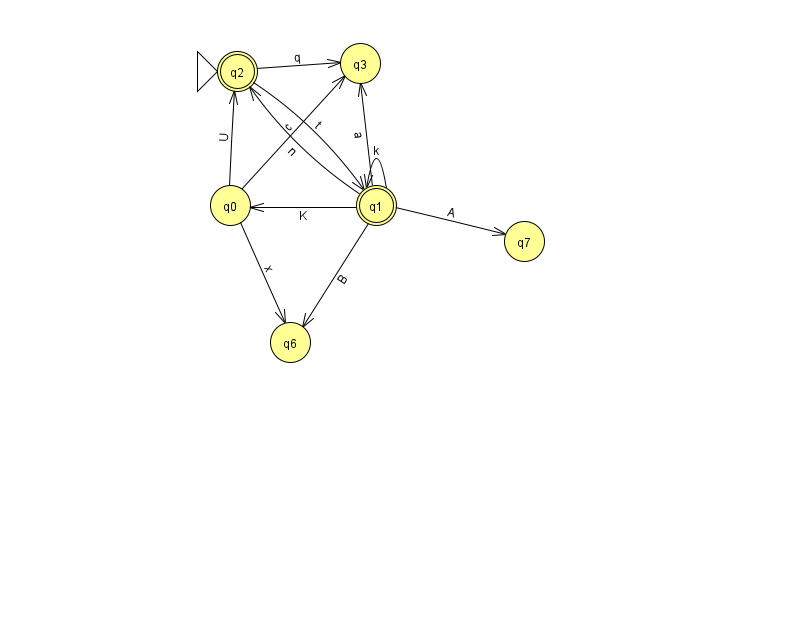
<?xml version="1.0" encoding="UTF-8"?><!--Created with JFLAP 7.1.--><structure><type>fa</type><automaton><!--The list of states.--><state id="0" name="q0"><x>230.0</x><y>192.0</y></state><state id="1" name="q1"><x>376.0</x><y>192.0</y><final/></state><state id="2" name="q2"><x>237.0</x><y>58.0</y><initial/><final/></state><state id="3" name="q3"><x>360.0</x><y>50.0</y></state><state id="6" name="q6"><x>290.0</x><y>329.0</y></state><state id="7" name="q7"><x>524.0</x><y>228.0</y></state><!--The list of transitions.--><transition><from>2</from><to>1</to><read>t</read></transition><transition><from>0</from><to>6</to><read>x</read></transition><transition><from>1</from><to>7</to><read>A</read></transition><transition><from>0</from><to>2</to><read>U</read></transition><transition><from>1</from><to>2</to><read>n</read></transition><transition><from>1</from><to>1</to><read>k</read></transition><transition><from>1</from><to>3</to><read>a</read></transition><transition><from>0</from><to>3</to><read>c</read></transition><transition><from>1</from><to>0</to><read>K</read></transition><transition><from>1</from><to>6</to><read>B</read></transition><transition><from>2</from><to>3</to><read>q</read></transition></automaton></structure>